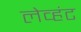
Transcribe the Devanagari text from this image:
लेव्हंट